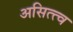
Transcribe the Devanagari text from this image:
असित्त्व